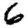
Digit: 6